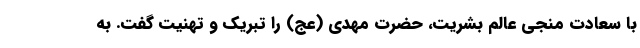
با سعادت منجی عالم بشریت، حضرت مهدی (عج) را تبریک و تهنیت گفت. به